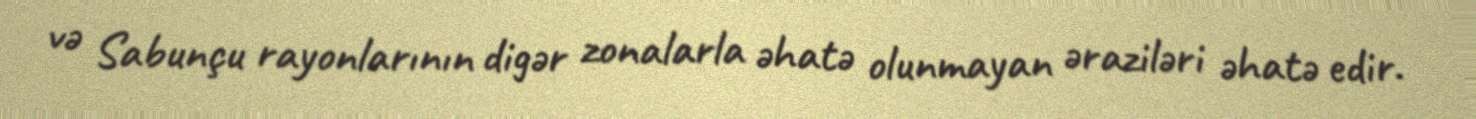
və Sabunçu rayonlarının digər zonalarla əhatə olunmayan əraziləri əhatə edir.